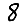
Digit: 8